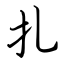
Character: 扎